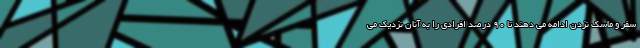
سفر و ماسک نزدن ادامه می دهند تا ۹۰ درصد افرادی را به آنان نزدیک می